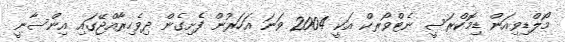
މޯލްޑިވިއަން ޑިމޮކްރަސީ ނެޓްވޯރކް އަކީ 2004 ވަނަ އަހަރުން ފެށިގެން ދިވެހިރާއްޖޭގައި އިންސާނީ